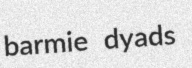
barmie dyads